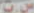
مت